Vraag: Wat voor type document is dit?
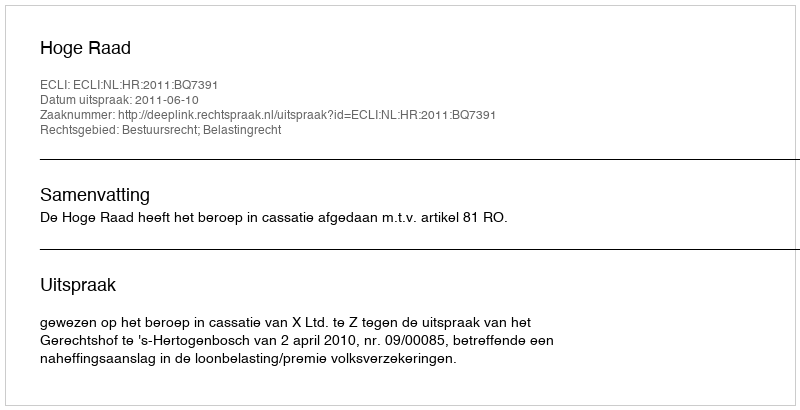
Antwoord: Uitspraak